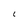
Character: 1